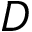
{ D }